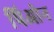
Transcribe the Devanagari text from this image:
पिओन